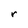
Character: r